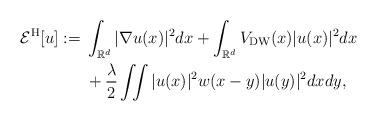
LaTeX: \begin{align*}\mathcal{E}^\mathrm{H}[u]:=\;& \int_{\mathbb{R}^d} |\nabla u(x)|^2dx+ \int_{\mathbb{R}^d} V_\mathrm{DW}(x)|u(x)|^2dx\\&+\frac{\lambda}{2}\iint |u(x)|^2 w(x-y)|u(y)|^2dxdy,\end{align*}